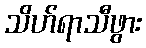
သိဟ်ရာသီဖွား